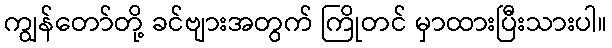
ကျွန်တော်တို့ ခင်ဗျားအတွက် ကြိုတင် မှာထားပြီးသားပါ။